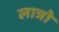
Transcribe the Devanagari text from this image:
लात्रो